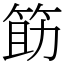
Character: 筯